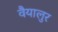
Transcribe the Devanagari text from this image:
वैयालुर